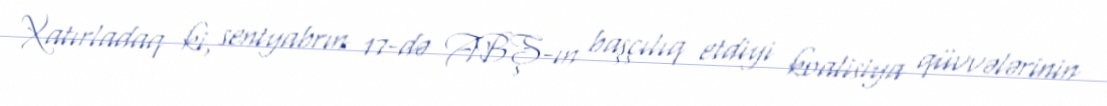
Xatırladaq ki, sentyabrın 17-də ABŞ-ın başçılıq etdiyi koalisiya qüvvələrinin